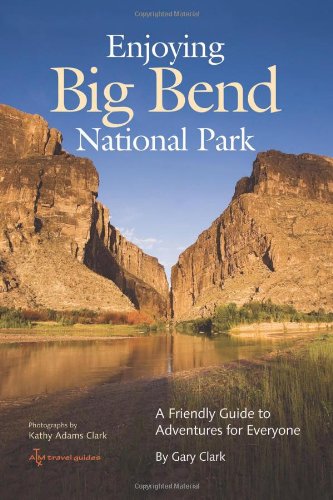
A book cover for Enjoying Big Bend National Park: A Friendly Guide to Adventures for Everyone (W.L. Moody, Jr., Natural History); Gary Clark; Travel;